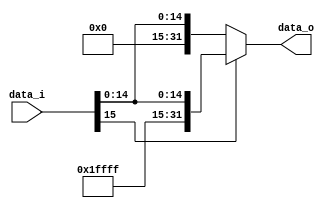
module SE(
    input [15:0] data_i,
    output [31:0] data_o
);
assign data_o = data_i[15]?{16'hffff,data_i}:{16'h0000,data_i};

endmodule